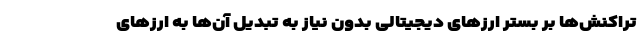
تراکنش‌ها بر بستر ارز‌های دیجیتالی بدون نیاز به تبدیل آن‌ها به ارز‌های